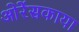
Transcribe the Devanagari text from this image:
ओरेंसकाया